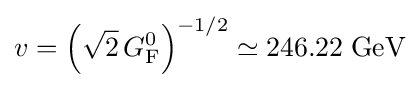
v=\left({\sqrt {2}}\,G_{\rm {F}}^{0}\right)^{-1/2}\simeq 246.22\;{\textrm {GeV}}